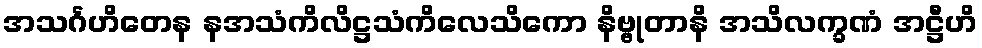
အသင်္ဂဟိတေန နအသံကိလိဋ္ဌသံကိလေသိကော နိဗ္ဗုတာနိ အသိလက္ခဏံ အဋ္ဌီဟိ